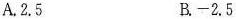
A.2.5 B.-2.5